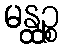
မန္ထဉ္စ